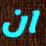
ان